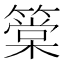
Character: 䉎